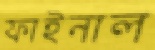
ফাইনাল